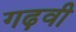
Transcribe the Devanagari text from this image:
गढ़वी